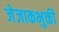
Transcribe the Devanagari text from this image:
जेजाकभुक्ती